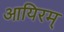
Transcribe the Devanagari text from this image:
आयिरम्